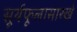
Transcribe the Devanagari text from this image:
सूर्यफूलासारखे